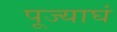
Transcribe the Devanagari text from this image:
पूज्याघं